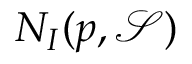
N _ { I } ( p , { \mathcal { S } } )